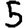
Digit: 5